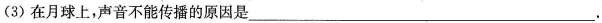
(3)在月球上，声音不能传播的原因是___.